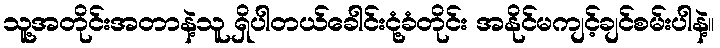
သူ့အတိုင်းအတာနဲ့သူ ရှိပါတယ်ခေါင်းငုံ့ခံတိုင်း အနိုင်မကျင့်ချင်စမ်းပါနဲ့။